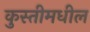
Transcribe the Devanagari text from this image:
कुस्तीमधील